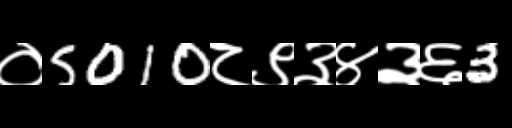
Text: ०5010८९३४३६3